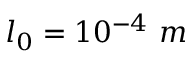
l _ { 0 } = 1 0 ^ { - 4 } ~ m